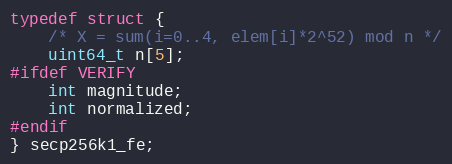
Language: C
typedef struct {
    /* X = sum(i=0..4, elem[i]*2^52) mod n */
    uint64_t n[5];
#ifdef VERIFY
    int magnitude;
    int normalized;
#endif
} secp256k1_fe;